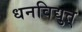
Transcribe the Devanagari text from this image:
धनविद्युत्